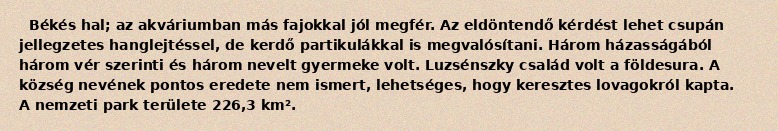
Békés hal; az akváriumban más fajokkal jól megfér. Az eldöntendő kérdést lehet csupán jellegzetes hanglejtéssel, de kerdő partikulákkal is megvalósítani. Három házasságából három vér szerinti és három nevelt gyermeke volt. Luzsénszky család volt a földesura. A község nevének pontos eredete nem ismert, lehetséges, hogy keresztes lovagokról kapta. A nemzeti park területe 226,3 km².